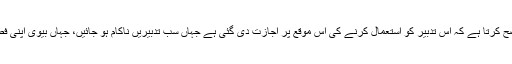
اس آیت مبارکہ میں اصلاحی تدابیر کا تدریجی ذکر بھی اس حقیقت کو واضح کرتا ہے کہ اس تدبیر کو استعمال کرنے کی اس موقع پر اجازت دی گئی ہے جہاں سب تدبیریں ناکام ہو جائیں، جہاں بیوی اپنی فطرت سے بالکل منحرف ہو گئی ہو اور یہ انحراف معمولی نوعیت کا نہ ہو۔